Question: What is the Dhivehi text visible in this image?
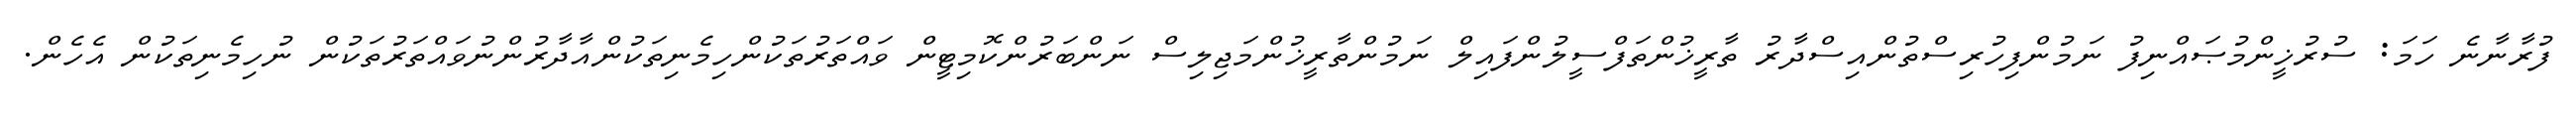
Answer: ފުރާނާނެ ހަމަ: ސުރުޚީންމުޞައްނިފު ނަމުންފިހުރިސްތުންއިސްދާރު ތާރީޚުންތަފްސީލުންފައިލް ނަމުންތާރީޚުންމަޖިލިސް ނަންބަރުންކޮމިޓީން ވައްތަރުތަކުންހިމެނިތަކުންއާދާރުންނުވައްތަރުތަކުން ނުހިމެނިތަކުން އެހެން.